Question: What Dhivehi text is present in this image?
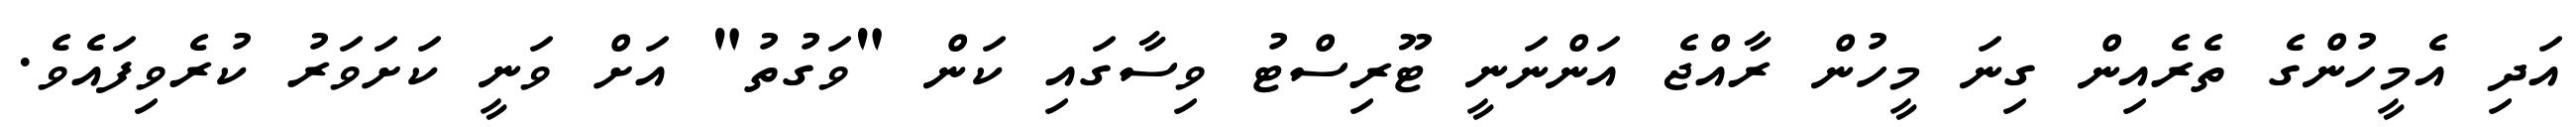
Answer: އަދި އެމީހުންގެ ތެރެއިން ގިނަ މީހުން ރާއްޖެ އަންނަނީ ޓޫރިސްޓު ވިސާގައި ކަން "ވަގުތު" އަށް ވަނީ ކަށަވަރު ކުރެވިފައެވެ.